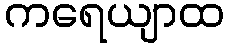
ကရေယျာထ